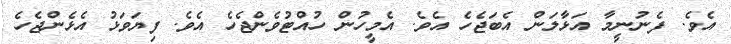
އެވެ. ފެނުނީމާ އަޅާލަން އެބަޖެހެ އެވެ. އެމީހުން ހުއްޓުވެންޖެހެ އެވެ. ފިޔަވަޅު އެޅެންޖެހެ